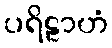
ပရိဠာဟံ